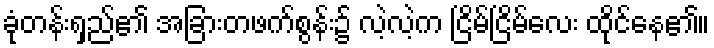
ခုံတန်းရှည်၏ အခြားတဖက်စွန်း၌ လဲ့လဲ့က ငြိမ်ငြိမ်လေး ထိုင်နေ၏။